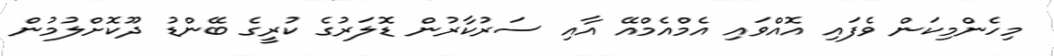
މިހެންމިކަން ވެފައި އޮއްވައި އެމްއެމްއޭ އާއި ސަރުކާރުން ޑޮލަރުގެ ކުރީގެ ބޭންޑު ދޫކޮށްލުމުން